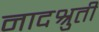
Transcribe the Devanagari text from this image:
नादश्रुती